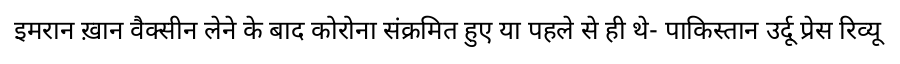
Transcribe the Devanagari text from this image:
इमरान ख़ान वैक्सीन लेने के बाद कोरोना संक्रमित हुए या पहले से ही थे- पाकिस्तान उर्दू प्रेस रिव्यू